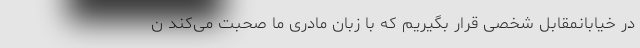
در خیابانمقابل شخصی قرار بگیریم که با زبان مادری ما صحبت می‌کند ن